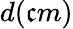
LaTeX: d(\mathfrak{c}m)